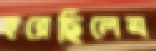
হরেছিলেম